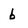
Character: b